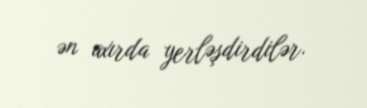
ən axırda yerləşdirdilər.